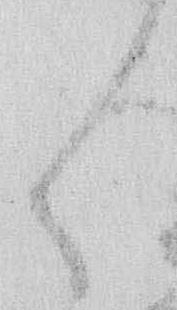
く